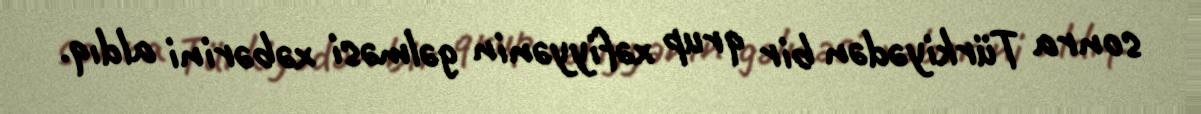
sonra Türkiyədən bir qrup xəfiyyənin gəlməsi xəbərini aldıq.